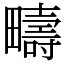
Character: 疇